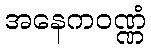
အနေကဝဏ္ဏံ